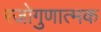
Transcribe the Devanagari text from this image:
रजोगुणात्मक